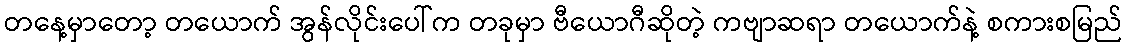
တနေ့မှာတော့ တယောက် အွန်လိုင်းပေါ်က တခုမှာ ဗီယောဂီဆိုတဲ့ ကဗျာဆရာ တယောက်နဲ့ စကားစမြည်